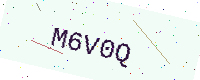
Text: M6V0Q